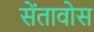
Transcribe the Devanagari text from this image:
सेंतावोस